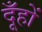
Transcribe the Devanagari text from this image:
दूँहों